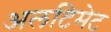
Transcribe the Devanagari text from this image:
अलटिमेट